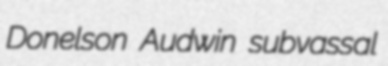
Donelson Audwin subvassal